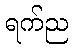
ရက်ည